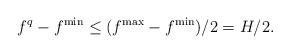
LaTeX: \begin{align*} f^q-f^{\min} \leq (f^{\max}-f^{\min})/2=H/2.\end{align*}